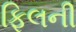
ફિલની